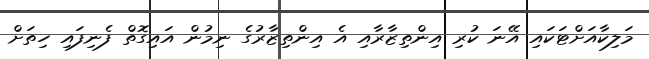
މަލިކާއަށްޓަކައި އޭނަ ކުރި އިންތިޒާރާއި އެ އިންތިޒާރުގެ ނިމުން އައިގޮތް ފެނިފައި ހިތަށް